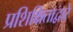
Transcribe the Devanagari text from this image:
प्रशिक्षिताद्वारे